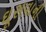
ઘૂસવાની